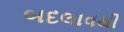
બદલાવથી